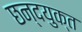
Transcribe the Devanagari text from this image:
छन्दयुक्त